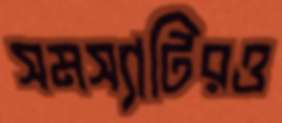
সমস্যাটিরও